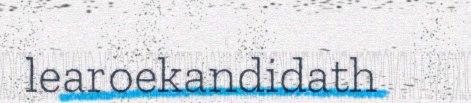
learoekandidath